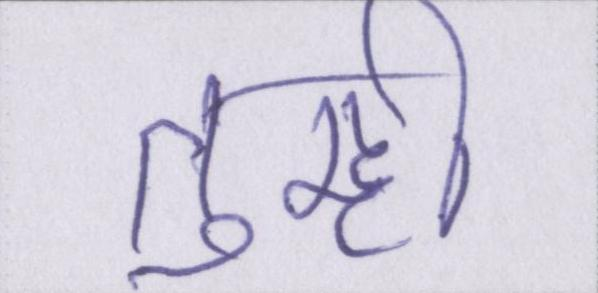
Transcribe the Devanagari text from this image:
तुम्ही